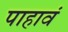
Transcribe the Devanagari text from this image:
पाहावं